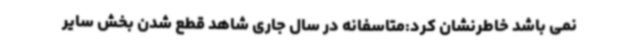
نمی باشد خاطرنشان کرد:متاسفانه در سال جاری شاهد قطع شدن بخش سایر